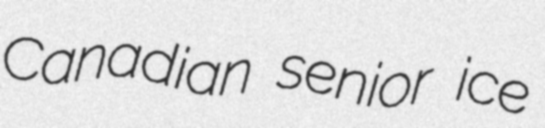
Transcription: Canadian senior ice